Bombay plague: being a history of the progress of plague in the Bombay presidency from September 1896 to June 1899
Year: 1896
Disease focus: Plague
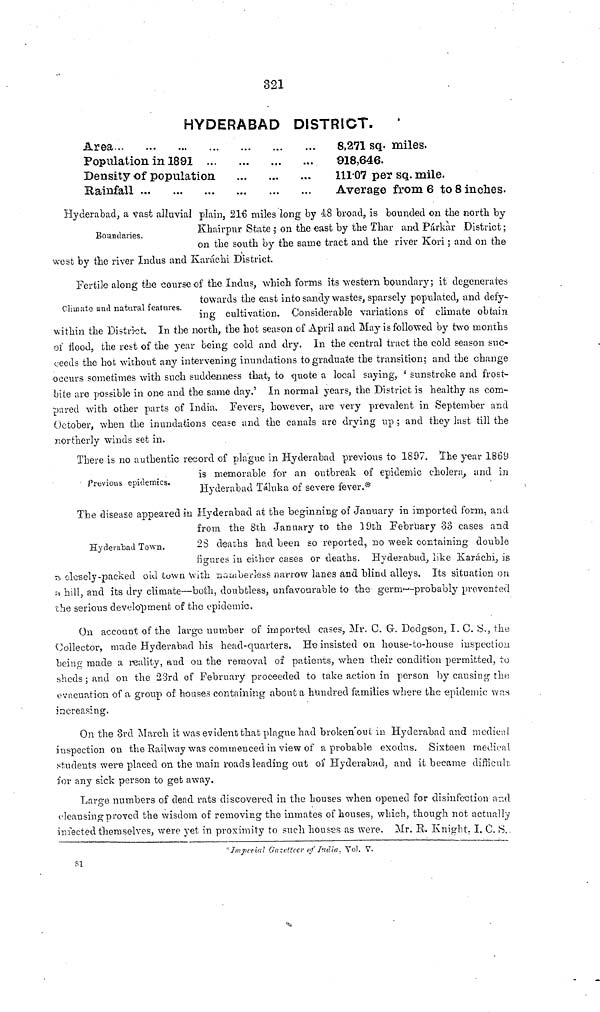
321
HYDERABAD DISTRICT.
Area
,
Population in 1891
Density of population
Rainfall
...
8,271 sq. miles.
918,646.
111 07 per sq. mile.
Average from 6 to 8 inches.
Boundaries.
Hyderabad, a vast alluvial plain, 216 miles long by 48 broad, is bounded on the north by
Khairpur State ; on the east by the Thar and Párkàr District;
on the south by the same tract and the river Kori; and on the
west by the river Indus and Karachi District.
Climate and natural features.
Fertile along the course of the Indus, which forms its western boundary; it degenerates
towards the east into sandy wastes, sparsely populated, and defy-
ing cultivation. Considerable variations of climate obtain
within the District. In the north, the hot season of -April and May is followed by two months
of Hood, the rest of the year being cold and dry. In the central tract the cold season sue-
ceeds the hot without any intervening inundations to graduate the transition; and the change
occurs sometimes with such suddenness that, to quote a local saying, ' sunstroke and frost-
bite are possible in one and the same day.' In normal years, the District is healthy as com-
pared with other parts of India. Fevers, however, are very prevalent in September and
October, when the inundations cease and the canals are drying up ; and they last till the
northerly winds set in.
Previous epidemics.
There is no authentic record of plague in Hyderabad previous to 1897. The year 1869
is memorable for an outbreak of epidemic cholera, and in
Hyderabad Taluk a of severe fever.*
Hyderabad Town.
The disease appeared in Hyderabad at the beginning of January in imported form, and
from the 8th January to the 19th February 33 cases and
23 deaths had been so reported, no week containing double
figures in either cases or deaths. Hyderabad, like Karáchi, is
a closely-packed old town With numberless narrow lanes and blind alleys. Its situation on
a hill, and its dry climate—both, doubtless, unfavourable to the germ--probably prevented
the serious development of the epidemic.
On account of the large number of imported cases, Mr. C. G. Dodgson, I. C. S., the
Collector, made Hyderabad his head-quarters. He insisted on house-to-house inspection
being made a reality, and on the removal of patients, when their condition permitted, to
sheds; and on the 23rd of February proceeded to take action in person by causing the
evacuation of a group of houses containing about a hundred families where the epidemic was
increasing.
On the 3rd March it was evident that plague had broken out in Hyderabad and medical
inspection on the Railway was commenced in view of a probable exodus. Sixteen medical
students were placed on the main roads leading out of Hyderabad, and it became difficult
for any sick person to get away.
Large numbers of dead rats discovered in the houses when opened for disinfection and
cleansing proved the wisdom of removing the inmates of houses, which, though not actually
infected themselves, were yet in proximity to such houses as were. Mr. R. Knight. I. C. S.
Impesial Gazetteer of India, Vol. V.
81